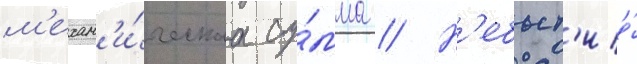
м'ехан'и́ческаа су́мма // Н'ебыт'ие́